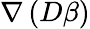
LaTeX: \nabla\left(D\beta\right)